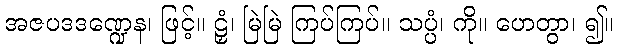
အဇပဒဒဏ္ဍေန၊ ဖြင့်။ ဠှံ၊ မြဲမြဲ ကြပ်ကြပ်။ သပ္ပံ၊ ကို။ ဟေတွာ၊ ၍။